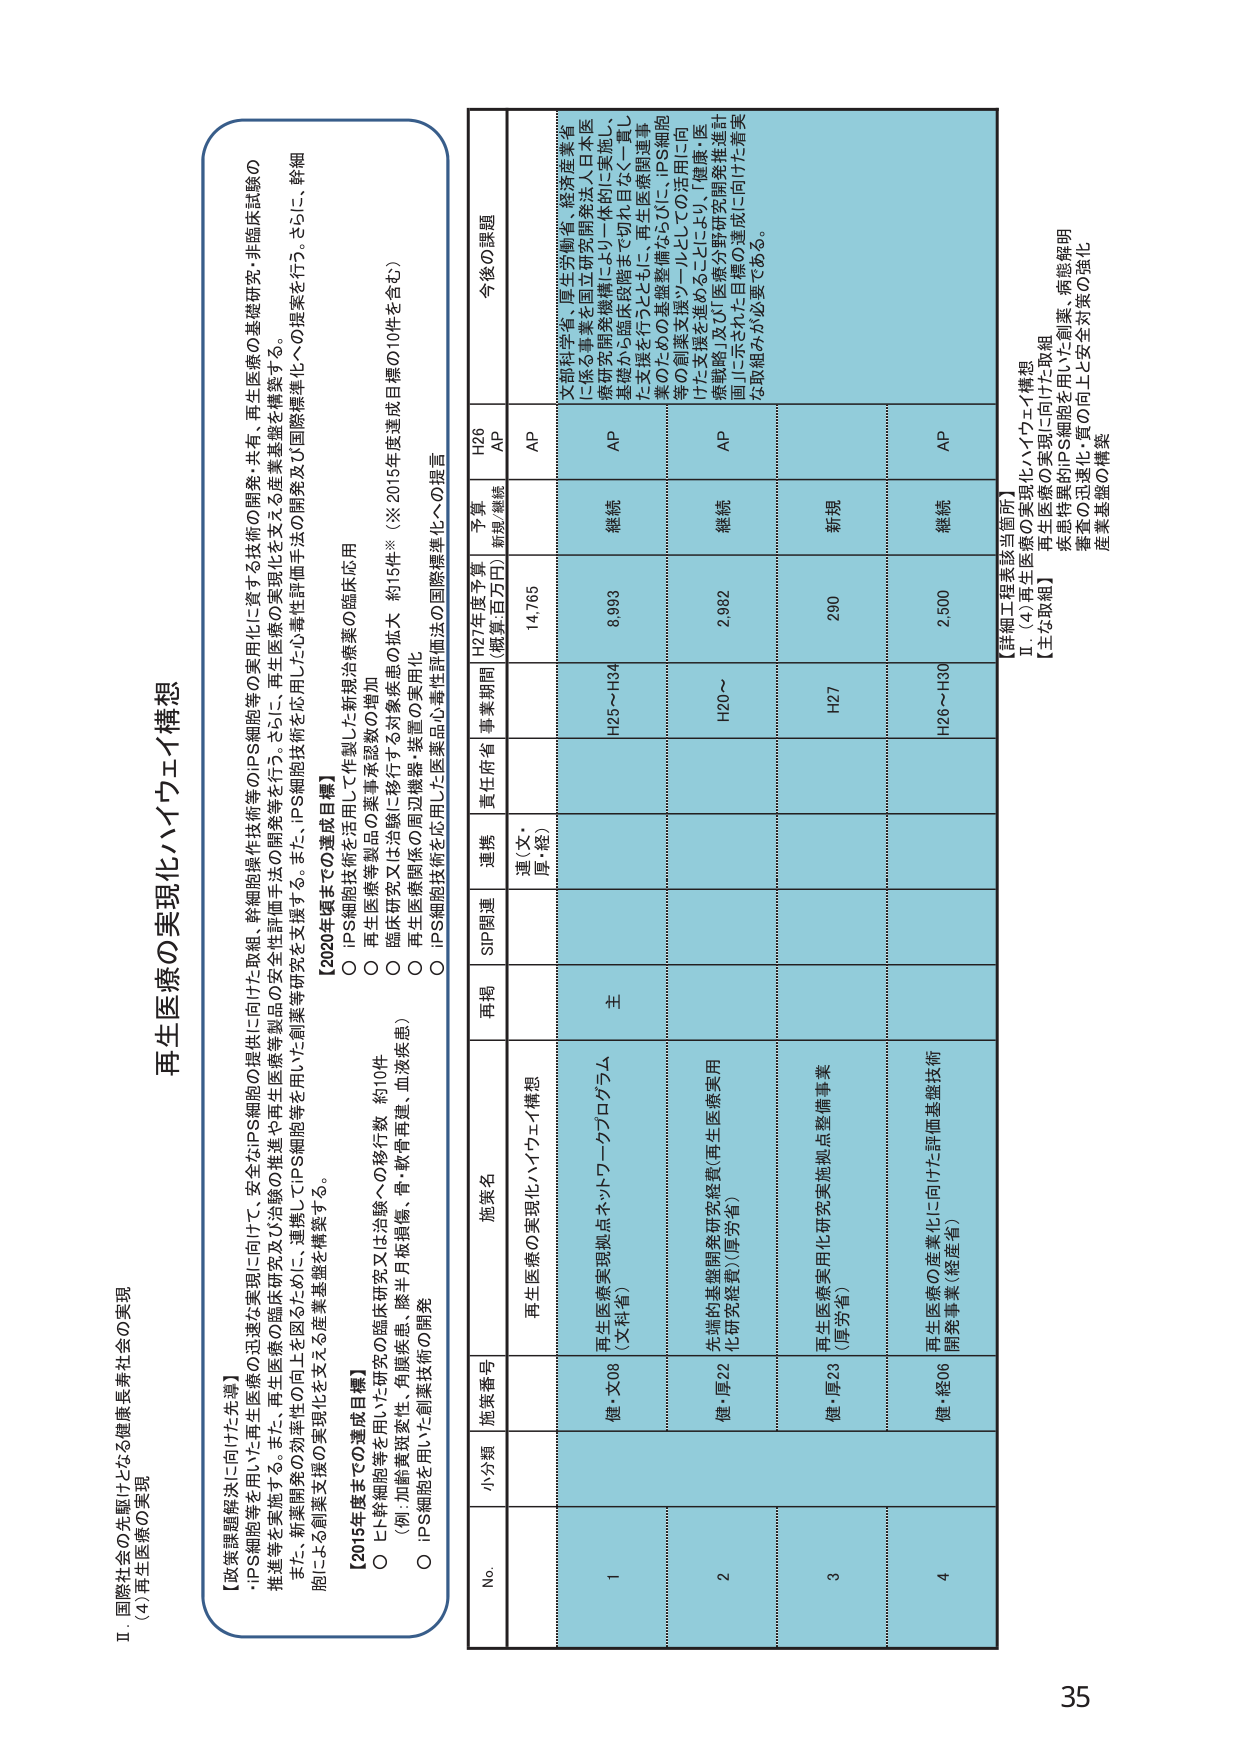
Ⅱ 国際社会の先駆けとなる健康長寿社会の実現
(4) 再生医療の実現

【政策課題解決に向けた先導】
・iPS細胞等を用いた再生医療の迅速な実現に向けて、安全なiPS細胞の提供に向けた取組、幹細胞操作技術等のiPS細胞等の実用化に資する技術の開発・共有、再生医療の基礎研究・非臨床試験の推進等を実施する。また、再生医療の臨床研究及び治療の推進や再生医療等製品の安全性評価手法の開発等を行う。さらに、再生医療の実現化を支える産業基盤を構築する。
また、新薬開発の効率性の向上を図るために、連携してiPS細胞等を用いた創薬等研究を支援する。また、iPS細胞技術を活用した心毒性評価手法の開発及び国際標準化への提案を行う。さらに、幹細胞による創薬支援の実現化を支える産業基盤を構築する。

【2015年度までの達成目標】
○ ヒト幹細胞等を用いた研究の臨床研究又は治験への移行数 約10件
（例：加齢黄斑変性、角膜疾患、膝半月板損傷、骨・軟骨再建、血液疾患）
○ iPS細胞を用いた創薬技術の開発

【2020年度までの達成目標】
○ iPS細胞技術を活用して作製した新規治療薬の臨床応用
○ 再生医療等製品の薬事承認数の増加
○ 臨床研究又は治験に移行する対象疾患の拡大 約15件※（※2015年度達成目標の10件を含む。）
○ 再生医療関係の周辺機器・装置の実用化
○ iPS細胞技術を応用した医薬品心毒性評価法の国際標準化への提言

再生医療の実現化ハイウェイ構想

No. 小分類 施策番号 施策名 再掲 SIP関連 連携 責任府省・事業期間 H27年度予算（概算、百万円） 予算新規/継続 今後の課題
1 健・X08 再生医療の実現化ハイウェイ構想 主 運（文・厚・経） H25～H34 14,765 AP 文部科学省、厚生労働省、経済産業省有に係る事業を国立研究開発法人日本医療研究開発機構により一体的に実施し、基礎から臨床段階まで切れ目なく一貫した支援を行うとともに、再生医療関連事業のための基盤整備ならびに、iPS細胞等の創薬支援ツールとしての活用に向けた支援を進める。こうして、「健康・医療戦略」及び「医療分野研究開発推進計画」に示された目標の達成に向けた着実な取組みが必要である。
2 健・厚22 再生医療実現拠点ネットワークプログラム（文科省） 継続 8,983 AP
3 健・厚23 先端的基盤開発研究経費（再生医療実用化研究経費）（厚労省） H20～ 2,982 AP
4 健・経06 再生医療実用化研究実施拠点整備事業（厚労省） H27 290 新規
再生医療の産業化に向けた評価基盤技術開発事業（経産省） H26～H30 2,500 継続 AP

【詳細工程表該当箇所】
Ⅱ．(4) 再生医療の実現化ハイウェイ構想
【主な取組】
再生医療の実現に向けた取組
疾患特異的iPS細胞を用いた創薬・機能解明
審査の迅速化・質の向上と安全対策の強化
産業基盤の構築

35